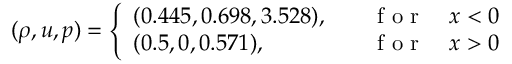
( \rho , u , p ) = \left\{ \begin{array} { l l } { ( 0 . 4 4 5 , 0 . 6 9 8 , 3 . 5 2 8 ) , \quad } & { \mathrm { ~ f ~ o ~ r ~ } \quad x < 0 } \\ { ( 0 . 5 , 0 , 0 . 5 7 1 ) , \quad } & { \mathrm { ~ f ~ o ~ r ~ } \quad x > 0 } \end{array} \right.